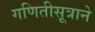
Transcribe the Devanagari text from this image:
गणितीसूत्राने